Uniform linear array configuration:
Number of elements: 8
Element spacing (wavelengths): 1
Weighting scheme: blackman
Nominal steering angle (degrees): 0
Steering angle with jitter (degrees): -1.651
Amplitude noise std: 0.05
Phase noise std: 0.05

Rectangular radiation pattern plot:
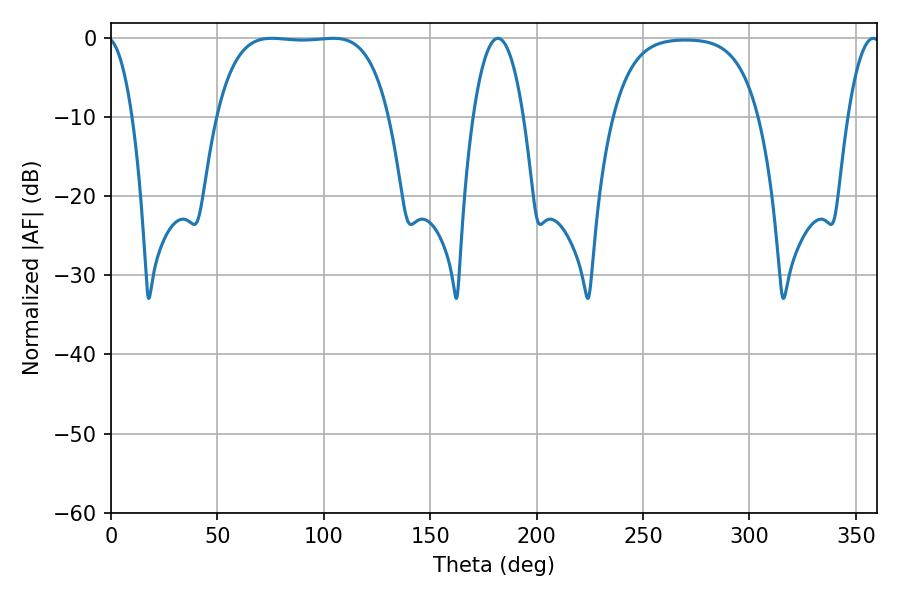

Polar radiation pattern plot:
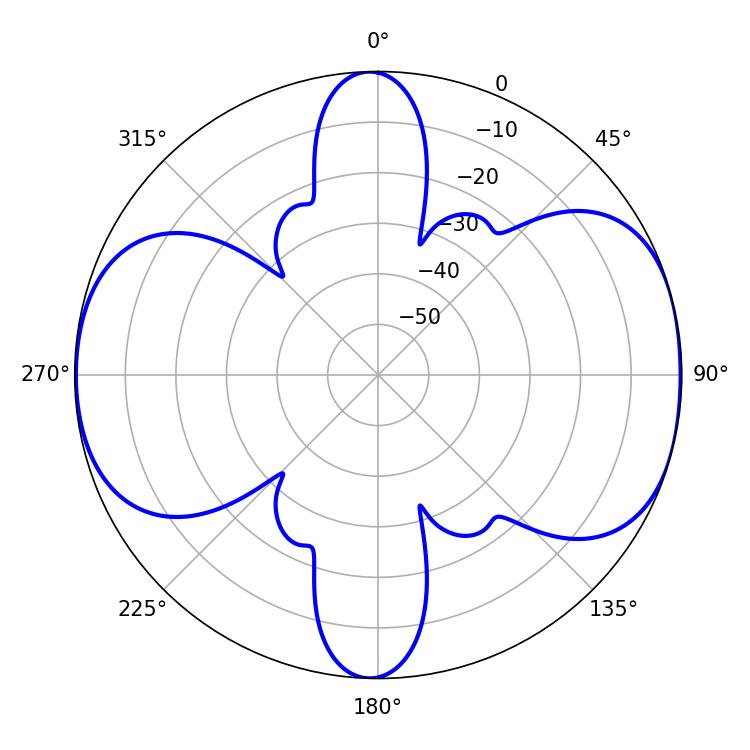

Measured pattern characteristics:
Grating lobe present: TRUE
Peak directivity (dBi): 8.993
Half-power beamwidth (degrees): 63
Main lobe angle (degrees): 75.6